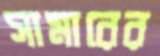
সামারের